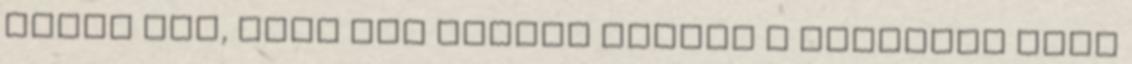
abból áll, hogy egy térben vannak a dolgozók napi